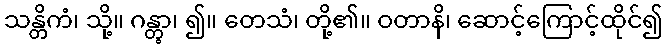
သန္တိကံ၊ သို့။ ဂန္တွာ၊ ၍။ တေသံ၊ တို့၏။ ဝတာနိ၊ ဆောင့်ကြောင့်ထိုင်၍